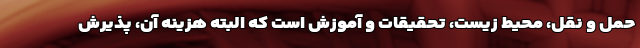
حمل و نقل، محیط زیست، تحقیقات و آموزش است که البته هزینه آن، پذیرش